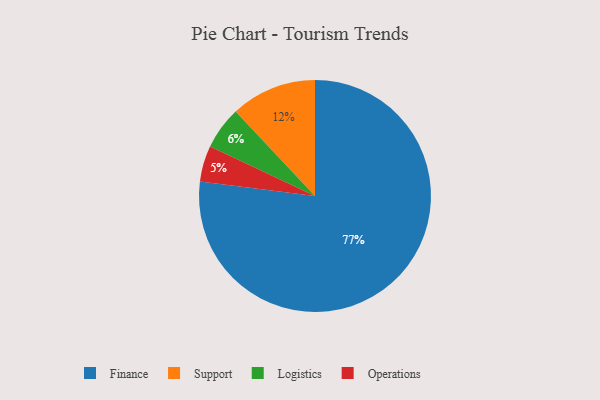
{"axis": {"x": "Category", "y": "Percentage"}, "legend": ["Finance", "Logistics", "Operations", "Support"], "data": [{"x": "Logistics", "y": 6, "type": "Logistics"}, {"x": "Operations", "y": 5, "type": "Operations"}, {"x": "Support", "y": 12, "type": "Support"}, {"x": "Finance", "y": 77, "type": "Finance"}]}